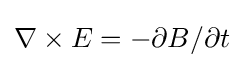
\nabla \times E=-\partial B/\partial t